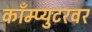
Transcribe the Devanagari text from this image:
काँम्प्युटरवर